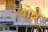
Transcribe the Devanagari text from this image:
थोवे